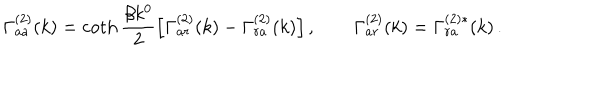
LaTeX: \Gamma _ { a a } ^ { ( 2 ) } ( k ) = \coth { \frac { \beta k ^ { 0 } } { 2 } } \Bigl [ \Gamma _ { a r } ^ { ( 2 ) } ( k ) - \Gamma _ { r a } ^ { ( 2 ) } ( k ) \Bigr ] \, , \qquad \Gamma _ { a r } ^ { ( 2 ) } ( k ) = \Gamma _ { r a } ^ { ( 2 ) * } ( k ) \, .